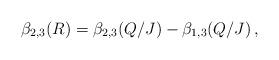
LaTeX: \begin{align*}\beta_{2,3}(R) = \beta_{2,3}(Q/J)- \beta_{1,3}(Q/J)\,,\end{align*}